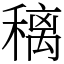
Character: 䅻